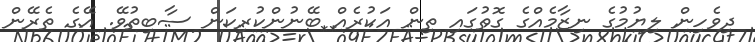
ދިވެހިން ލިޔުމުގެ ނިޒާމެއްގެ ގޮތުގައި ތިން އަކުރެއް ބޭނުންކުރިކަން ސާބިތުވޭ. އޭގެ ތެރޭން